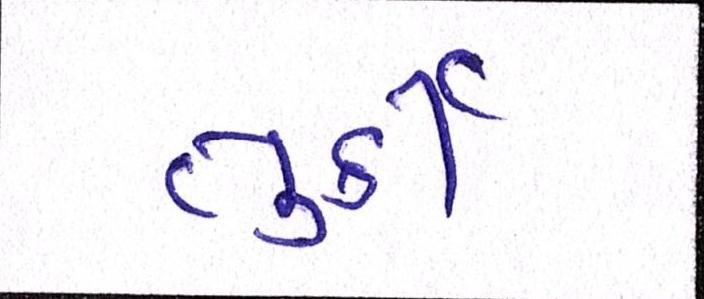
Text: તુર્કી